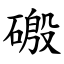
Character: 磤